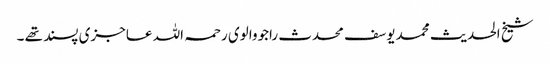
شیخ الحدیث محمد یوسف محدث راجووالوی رحمہ اللہ عاجزی پسند تھے ۔